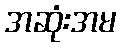
အဆုံးအမ